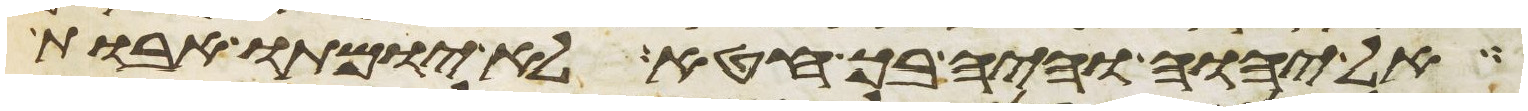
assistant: אל יהוה והיה בך חטא לא יומתו אבות